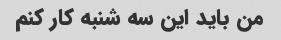
من باید این سه شنبه کار کنم